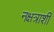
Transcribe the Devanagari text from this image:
नक्षत्राशी